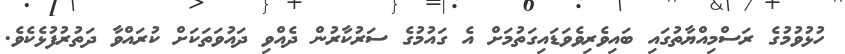
ހުޅުވުމުގެ ރަސްމިއްޔާތުގައި ބައިވެރިވެވަޑައިގަތުމަށް އެ ގައުމުގެ ސަރުކާރުން ދެއްވި ދައުވަތަކަށް ކުރައްވާ ދަތުރުފުޅެކެވެ.